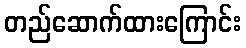
တည်ဆောက်ထားကြောင်း